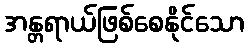
အန္တရာယ်ဖြစ်စေနိုင်သော